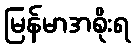
မြန်မာအစိုးရ